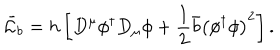
\bar { \cal L } _ { b } = h \left[ D ^ { \mu } \phi ^ { \dagger } D _ { \mu } \phi + { \frac { 1 } { 2 } } \bar { b } \left( \phi ^ { \dagger } \phi \right) ^ { 2 } \right] .